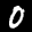
Digit: 0